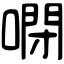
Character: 𠻻